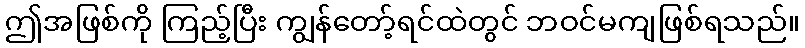
ဤအဖြစ်ကို ကြည့်ပြီး ကျွန်တော့်ရင်ထဲတွင် ဘဝင်မကျဖြစ်ရသည်။